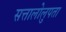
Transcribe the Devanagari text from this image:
सत्तालोलुपता